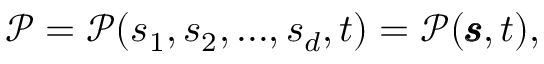
\begin{array} { r } { \mathcal { P } = \mathcal { P } ( \mathscr { s } _ { 1 } , \mathscr { s } _ { 2 } , . . . , \mathscr { s } _ { d } , t ) = \mathcal { P } ( \pmb { \mathscr { s } } , t ) , } \end{array}